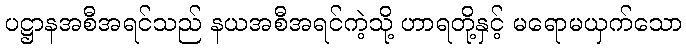
ပဋ္ဌာနအစီအရင်သည် နယအစီအရင်ကဲ့သို့ ဟာရတို့နှင့် မရောမယှက်သော